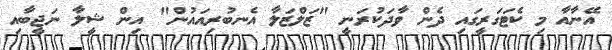
އޭނާއާ މި ކެޓަގަރީގައި ދެން ވާދަކުރަނީ "ޒަލްޒަލާ އެނބުރިއައުން" އިން ޝީލާ ނަޖީބާއި